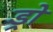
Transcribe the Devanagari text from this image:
ड्रो